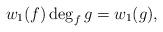
LaTeX: \begin{align*} w_1(f) \deg_f g = w_1(g), \end{align*}